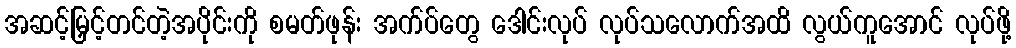
အဆင့်မြှင့်တင်တဲ့အပိုင်းကို စမတ်ဖုန်း အက်ပ်တွေ ဒေါင်းလုပ် လုပ်သလောက်အထိ လွယ်ကူအောင် လုပ်ဖို့